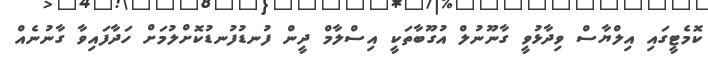
ކޮމެޓީގައި އިލްޔާސް ވިދާޅުވީ ގާނޫނުލް އުގޫބާތަކީ އިސްލާމް ދީން ފުނޑުފުނޑުކޮށްލުމަށް ހަދާފައިވާ ގާނުނެއް